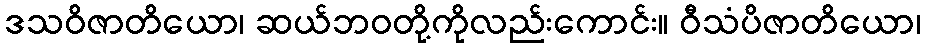
ဒသဝိဇာတိယော၊ ဆယ်ဘဝတို့ကိုလည်းကောင်း။ ဝီသံပိဇာတိယော၊